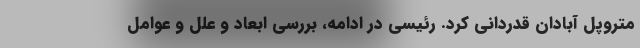
متروپل آبادان قدردانی کرد. رئیسی در ادامه، بررسی ابعاد و علل و عوامل